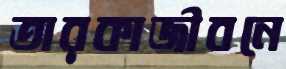
তারকাজীবনে